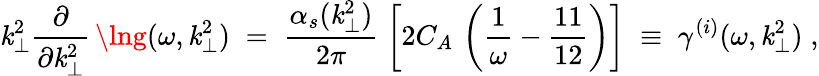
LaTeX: \mathit{k}_{\perp}^{2}\frac{{\partial}}{{\partial\mathit{k}_{\perp}^{2}}}\, \lng(\omega,\mathit{k}_{\perp}^{2})\; =\; \frac{{\alpha_{s}(\mathit{k}_{\perp}^{2})}}{{2\pi}}\; \left[2C_{A}\, \left(\frac{{1}}{{\omega}}-\frac{{11}}{{12}}\right)\right]\; \equiv\; \gamma^{(i)}(\omega,\mathit{k}_{\perp}^{2})\; ,